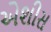
એશીસ